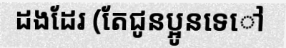
ដងដែរ (តែជូនប្អូនទេៅ